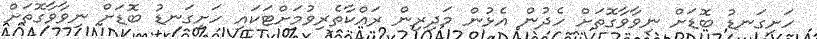
ހަށިގަނޑު ބޮޑަށް ނިވާވާގޮތަށް ހެދުން އެޅުން މަދިރިން ރައްކާތެރިވުމަށްޓަކައި ހަށިގަނޑު ބޮޑަށް ނިވާވާގޮތަށް